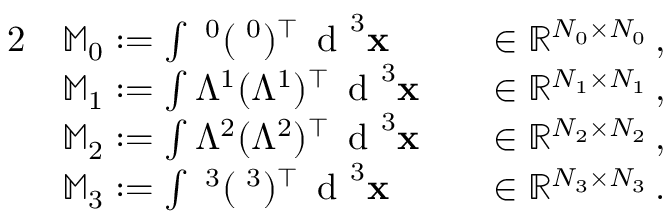
\begin{array} { r l r l } { { 2 } } & { \mathbb { M } _ { 0 } : = \int { \mathbf \Lambda ^ { 0 } } ( { \mathbf \Lambda ^ { 0 } } ) ^ { \top } \, \textnormal { d } ^ { 3 } { \mathbf x } } & & { \in \mathbb R ^ { N _ { 0 } \times N _ { 0 } } \, , } \\ & { \mathbb { M } _ { 1 } : = \int { \mathbb { \Lambda } ^ { 1 } } ( { \mathbb { \Lambda } ^ { 1 } } ) ^ { \top } \, \textnormal { d } ^ { 3 } { \mathbf x } } & & { \in \mathbb R ^ { N _ { 1 } \times N _ { 1 } } \, , } \\ & { \mathbb { M } _ { 2 } : = \int { \mathbb { \Lambda } ^ { 2 } } ( { \mathbb { \Lambda } ^ { 2 } } ) ^ { \top } \, \textnormal { d } ^ { 3 } { \mathbf x } } & & { \in \mathbb R ^ { N _ { 2 } \times N _ { 2 } } \, , } \\ & { \mathbb { M } _ { 3 } : = \int { \mathbf \Lambda ^ { 3 } } ( { \mathbf \Lambda ^ { 3 } } ) ^ { \top } \, \textnormal { d } ^ { 3 } { \mathbf x } } & & { \in \mathbb R ^ { N _ { 3 } \times N _ { 3 } } \, . } \end{array}